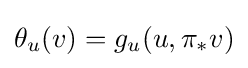
\theta _{u}(v)=g_{u}(u,\pi _{*}v)